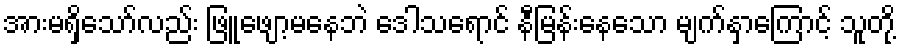
အားမရှိသော်လည်း ဖြူဖျော့မနေဘဲ ဒေါသရောင် နီမြန်းနေသော မျက်နှာကြောင့် သူတို့